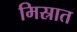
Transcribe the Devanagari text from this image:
मिस्रात